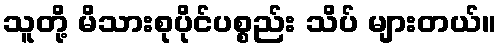
သူတို့ မိသားစုပိုင်ပစ္စည်း သိပ် များတယ်။